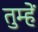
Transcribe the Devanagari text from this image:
तुम्हेें